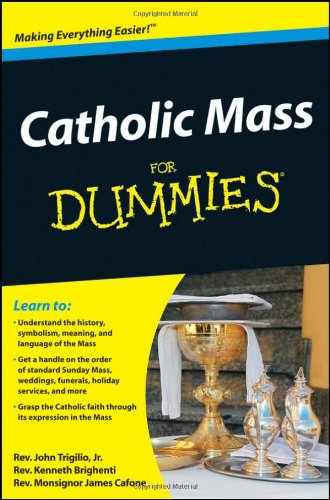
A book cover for Catholic Mass For Dummies; Rev. John Trigilio Jr.; Christian Books & Bibles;